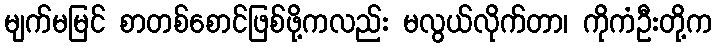
မျက်မမြင် စာတစ်စောင်ဖြစ်ဖို့ကလည်း မလွယ်လိုက်တာ၊ ကိုကံဦးတို့က